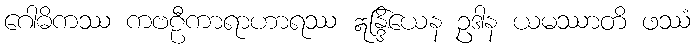
ဂေါဓိကဿ ကဗဠီကာရာဟာရဿ ဣန္ဒြိယေန ဥဒါန ယမဿာတိ ဖဿံ